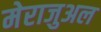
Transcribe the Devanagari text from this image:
मेराजुअल